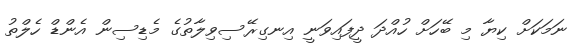
ނަމަކަށް ކިޔާ މި ބޭހަށް ހުއްދަ ދީފައިވަނީ އިނގިރޭސިވިލާތުގެ މެޑިސިން އެންޑް ހެލްތު